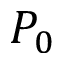
P _ { 0 }